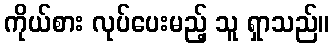
ကိုယ်စား လုပ်ပေးမည့် သူ ရှာသည်။